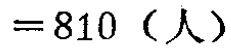
$=810 \text{（人）}$